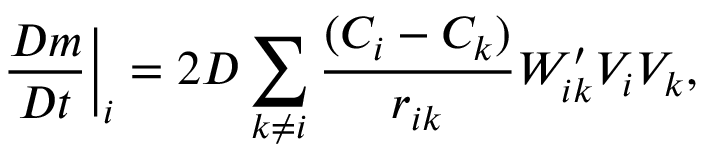
\frac { D m } { D t } \bigg | _ { i } = 2 D \sum _ { k \neq i } { \frac { ( C _ { i } - C _ { k } ) } { r _ { i k } } } W _ { i k } ^ { \prime } V _ { i } V _ { k } ,